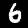
Label: 6